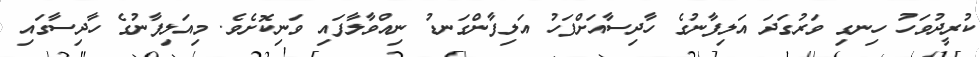
ކުރީދުވަހު ހިނގި ވަރުގަދަ އަލިފާނުގެ ހާދިސާއަށްފަހު އަލިފާންގަނޑު ނިއްވާލާފައި ވަނިކޮށެވެ. މިއަލިފާނުގެ ހާދިސާގައި